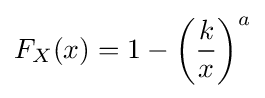
F_{X}(x)=1-\left({\frac {k}{x}}\right)^{a}